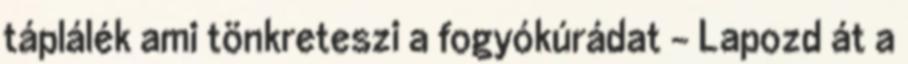
táplálék ami tönkreteszi a fogyókúrádat - Lapozd át a